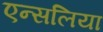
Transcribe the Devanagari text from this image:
एन्सलिया